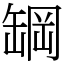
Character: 罁